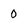
Character: 0